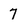
Character: 7